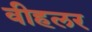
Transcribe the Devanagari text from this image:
वीहलर